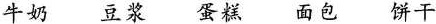
牛奶 豆浆 蛋糕 面包 饼干